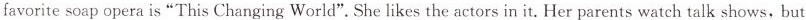
favorite soap opera is "This Changing World". She likes the actors in it. Her parents watch talk shows, but